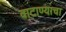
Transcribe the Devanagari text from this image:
वाटाण्याचा